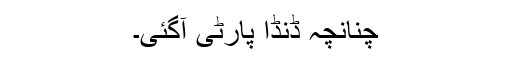
چنانچہ ڈنڈا پارٹی آگئی۔